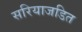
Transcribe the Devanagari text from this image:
सरियाजडित